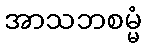
အာသဘစမ္မံ